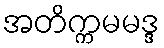
အတိက္ကမမဒ္ဒ